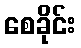
စေခိုင်း